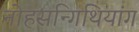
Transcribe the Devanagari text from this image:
नोहसन्गिथियांग